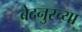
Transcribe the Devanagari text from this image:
बेदनुरच्या